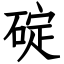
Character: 碇